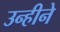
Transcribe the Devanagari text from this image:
उन्हीने